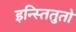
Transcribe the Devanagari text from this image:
इन्स्तितुतो